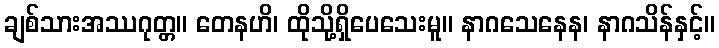
ချစ်သားအဿဂုတ္တ။ တေနဟိ၊ ထိုသို့ရှိပေသေးမူ။ နာဂသေနေန၊ နာဂသိန်နှင့်။